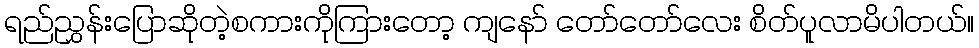
ရည်ညွှန်းပြောဆိုတဲ့စကားကိုကြားတော့ ကျနော် တော်တော်လေး စိတ်ပူလာမိပါတယ်။